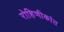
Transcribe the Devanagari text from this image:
रोहिणीकांत